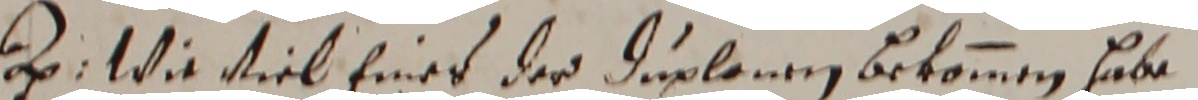
a. wie viel eines der duplenen bekommen habe